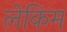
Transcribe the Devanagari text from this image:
लेकिम